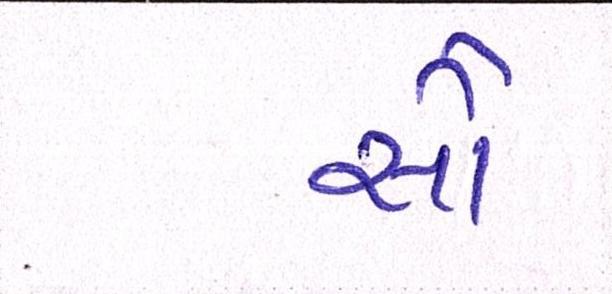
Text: સૌ